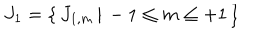
LaTeX: J _ { 1 } = \{ \, J _ { 1 , m } \, | \, - 1 \le m \le + 1 \, \}